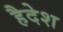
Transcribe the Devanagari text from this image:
हैदेश